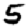
Digit: 5